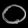
Digit: ၀